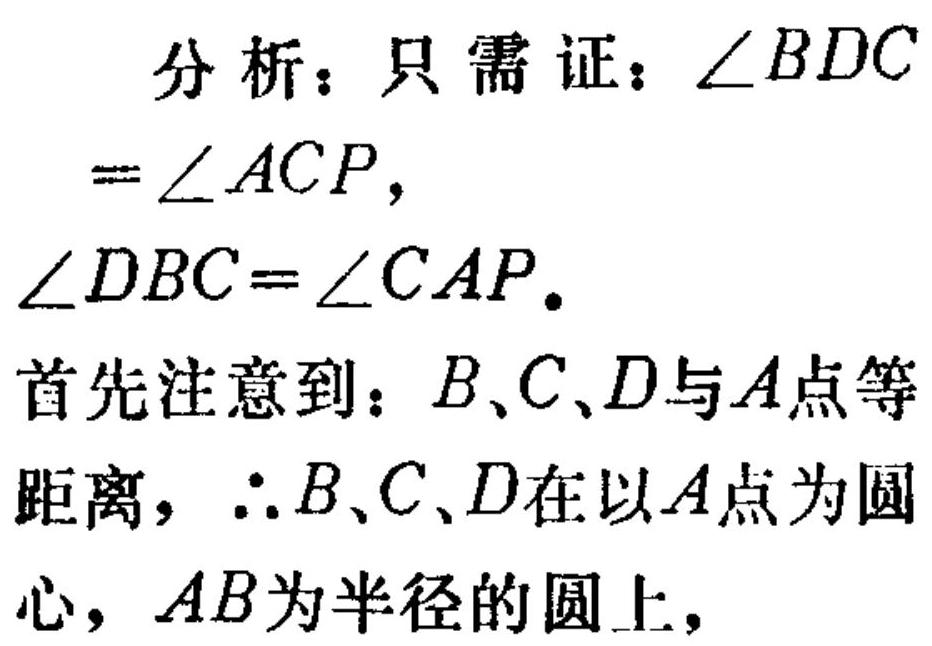
分析：只需证：\(\angle BDC\)
\(=\angle ACP\)，
\(\angle DBC=\angle CAP\)。
首先注意到：\(B、C、D\)与\(A\)点等
距离，\(\therefore B、C、D\)在以\(A\)点为圆
心，\(AB\)为半径的圆上，